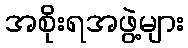
အစိုးရအဖွဲ့များ